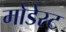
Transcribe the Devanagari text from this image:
मोडेस्ट